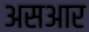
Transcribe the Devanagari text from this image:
असआर